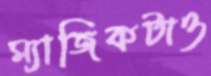
ম্যাজিকটাও